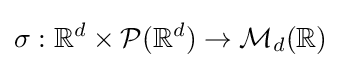
\sigma :\mathbb {R} ^{d}\times {\mathcal {P}}(\mathbb {R} ^{d})\to {\mathcal {M}}_{d}(\mathbb {R} )